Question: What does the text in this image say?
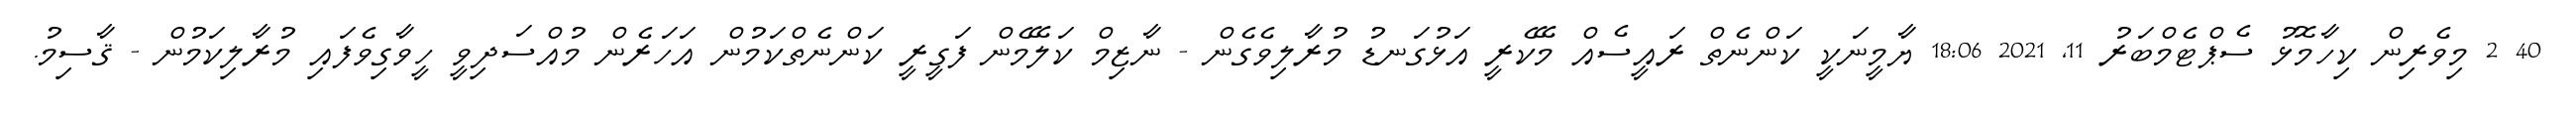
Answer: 40 2 މިވެރިން ކިހާމޮޅު ސެޕްޓެމްބަރު 11, 2021 18:06 ޔާމީނަކީ ކަންނެތް ރައީސެއް މޭކެރީ އަޅުގަނޑު މުރާލިވެގެން - ނާޒިމް ކަލޭމެން ފަގީރީ ކަންނެތްކަމުން އަހަރެން މުއްސަދިވީ ހީވާގިވެފައި މުރާލިކަމުން - ޤާސިމު.